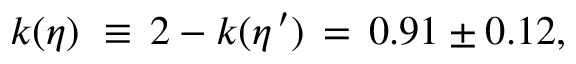
k ( \eta ) \, \, \equiv \, 2 - k ( \eta ^ { \, \prime } ) \, = \, 0 . 9 1 \pm 0 . 1 2 ,